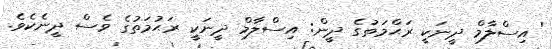
' އިސްލާމް ދީނަކީ ރަޙްމަތުގެ ދީން: އިސްލާމް ދީނަކީ ރަޙުމަތުގެ ވެސް ދީނެކެވެ.